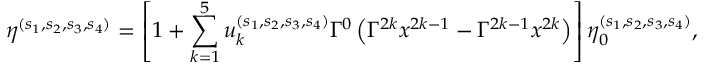
\eta ^ { ( s _ { 1 } , s _ { 2 } , s _ { 3 } , s _ { 4 } ) } = \left[ 1 + \sum _ { k = 1 } ^ { 5 } u _ { k } ^ { ( s _ { 1 } , s _ { 2 } , s _ { 3 } , s _ { 4 } ) } \Gamma ^ { 0 } \left( \Gamma ^ { 2 k } x ^ { 2 k - 1 } - \Gamma ^ { 2 k - 1 } x ^ { 2 k } \right) \right] \eta _ { 0 } ^ { ( s _ { 1 } , s _ { 2 } , s _ { 3 } , s _ { 4 } ) } ,